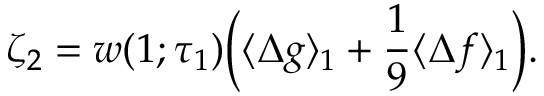
\begin{array} { c c c } { \displaystyle { \zeta _ { 2 } = w ( 1 ; \tau _ { 1 } ) \Big ( \langle \Delta g \rangle _ { 1 } + \frac { 1 } { 9 } \langle \Delta f \rangle _ { 1 } \Big ) . } } \end{array}